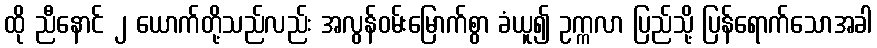
ထို ညီနောင် ၂ ယောက်တို့သည်လည်း အလွန်ဝမ်းမြောက်စွာ ခံယူ၍ ဥက္ကလာ ပြည်သို့ ပြန်ရောက်သောအခါ